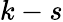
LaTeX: k-s